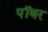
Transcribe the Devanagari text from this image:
पॉथर